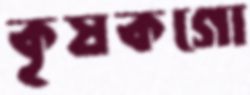
কৃষকগো